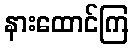
နားထောင်ကြ